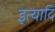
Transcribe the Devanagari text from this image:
इत्यादिं